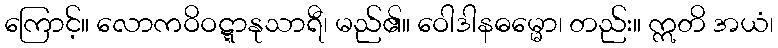
ကြောင့်။ လောကဝိဝဋ္ဋာနုသာရီ၊ မည်၏။ ဝေါဒါနဓမ္မော၊ တည်း။ ဣတိ အယံ၊